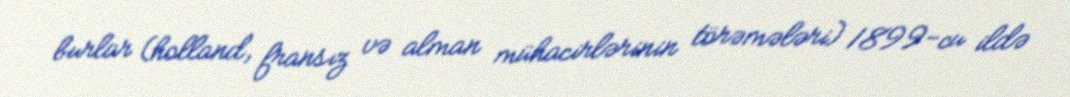
burlar (holland, fransız və alman mühacirlərinin törəmələri) 1899-cu ildə